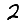
Digit: 2